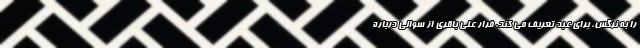
را به نرگس، برای عبد تعریف می کند. فرار علی باقری از سوالی درباره